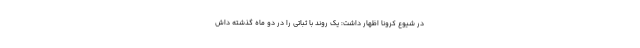
در شیوع کرونا اظهار داشت: یک روند با ثباتی را در دو ماه گذشته داش